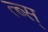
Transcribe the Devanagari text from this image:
त्ब्स्